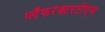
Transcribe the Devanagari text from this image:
प्लैफरेक्टरटीएम